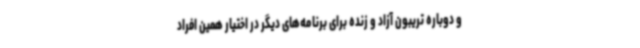
و دوباره تریبون آزاد و زنده برای برنامه‌های دیگر در اختیار همین افراد